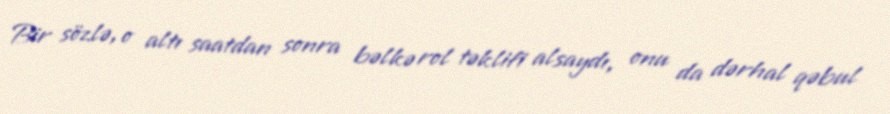
Bir sözlə, o altı saatdan sonra bəlkə rol təklifi alsaydı, onu da dərhal qəbul